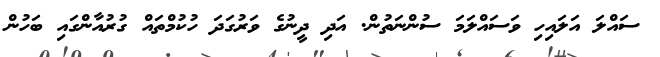
ސައްލަ އަލައިހި ވަސައްލަމަ ސުންނަތުން. އަދި ދީނުގެ ވަރުގަދަ ހުކުމްތައް ގުރުއާންގައި ބަހުން